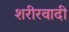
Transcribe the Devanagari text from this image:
शरीरवादी